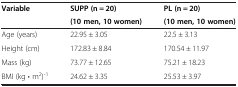
<table><thead><tr><td rowspan="2"><b>Variable</b></td><td><b>SUPP (n = 20)</b></td><td><b>PL (n = 20)</b></td></tr><tr><td><b>(10 men, 10 women)</b></td><td><b>(10 men, 10 women)</b></td></tr></thead><tbody><tr><td>Age (years)</td><td>22.95 ± 3.05</td><td>22.5 ± 3.13</td></tr><tr><td>Height (cm)</td><td>172.83 ± 8.84</td><td>170.54 ± 11.97</td></tr><tr><td>Mass (kg)</td><td>73.77 ± 12.65</td><td>75.21 ± 18.23</td></tr><tr><td>BMI (kg • m<sup>2</sup>)<sup>-1</sup></td><td>24.62 ± 3.35</td><td>25.53 ± 3.97</td></tr></tbody></table>